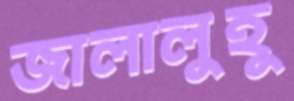
জালালুহু